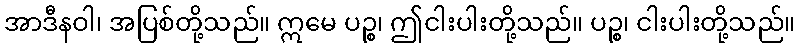
အာဒီနဝါ၊ အပြစ်တို့သည်။ ဣမေ ပဉ္စ၊ ဤငါးပါးတို့သည်။ ပဉ္စ၊ ငါးပါးတို့သည်။